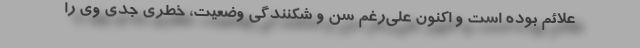
علائم بوده است و اکنون علی‌رغم سن و شکنندگی وضعیت، خطری جدی وی را